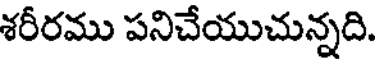
శరీరము పనిచేయుచున్నది.